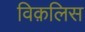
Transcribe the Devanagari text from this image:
विक़लिस